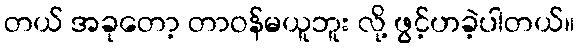
တယ် အခုတော့ တာဝန်မယူဘူး လို့ ဖွင့်ဟခဲ့ပါတယ်။